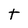
Character: t